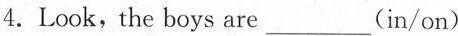
4.Look,the boys are ___ (in/on)